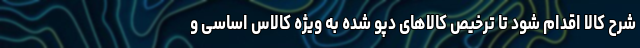
شرح کالا اقدام شود تا ترخیص کالاهای دپو شده به ویژه کالاس اساسی و